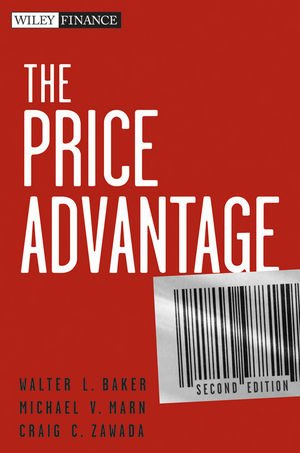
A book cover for The Price Advantage; Walter L. Baker; Business & Money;